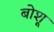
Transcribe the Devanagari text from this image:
बोशू